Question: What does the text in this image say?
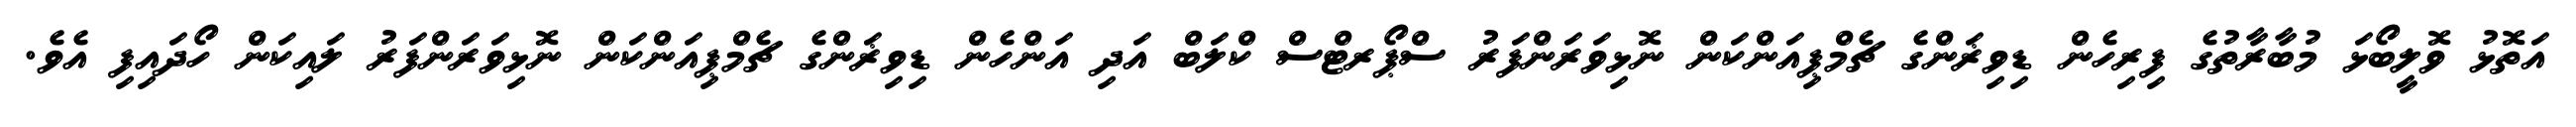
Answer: އަތޮޅު ވޮލީބޯޅަ މުބާރާތުގެ ފިރިހެން ޑިވިޜަންގެ ޗެމްޕިއަންކަން ނޮޅިވަރަންފަރު ސްޕޯރޓްސް ކްލަބް އަދި އަންހެން ޑިވިޜަންގެ ޗެމްޕިއަންކަން ނޮޅިވަރަންފަރު ލައިކަން ހޯދައިފި އެވެ.